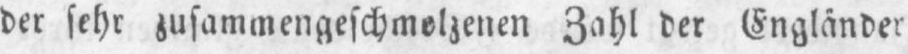
der sehr zusammengeschmolzenen Zahl der Engländer